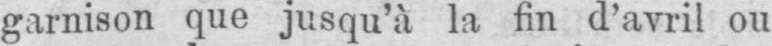
garnison que jusqu’à la fin d’avril ou